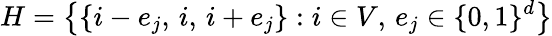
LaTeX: H=\big\{ \{ i-e_{j},\, i,\, i+e_{j}\} :i\in V,\, e_{j}\in\{ 0,1\} ^{d}\big\}